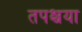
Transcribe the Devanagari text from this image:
तपश्चया